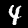
Digit: 4